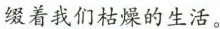
缀着我们枯燥的生活。